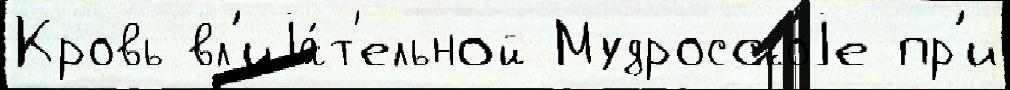
Кровь вл'иjа́т'ельной Мудросскоjе пр'и